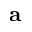
\mathbf { a }